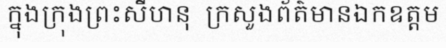
ក្នុងក្រុងព្រះសីហនុ  ក្រសួងព័ត៌មានឯកឧត្តម